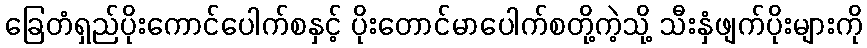
ခြေတံရှည်ပိုးကောင်ပေါက်စနှင့် ပိုးတောင်မာပေါက်စတို့ကဲ့သို့ သီးနှံဖျက်ပိုးများကို